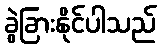
ခွဲခြားနိုင်ပါသည်